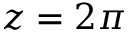
z = 2 \pi